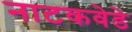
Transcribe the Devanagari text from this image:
नाटकवेडे